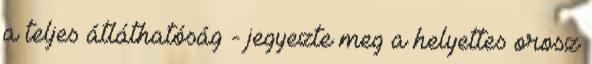
a teljes átláthatóság - jegyezte meg a helyettes orosz